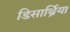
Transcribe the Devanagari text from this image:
डिसार्थ्रिया